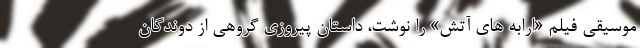
موسیقی فیلم «ارابه های آتش» را نوشت، داستان پیروزی گروهی از دوندگان